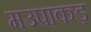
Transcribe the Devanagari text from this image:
मउपाकड़